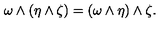
\omega \wedge ( \eta \wedge \zeta ) = ( \omega \wedge \eta ) \wedge \zeta .